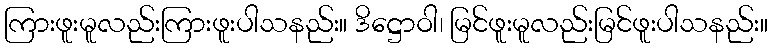
ကြားဖူးမူလည်းကြားဖူးပါသနည်း။ ဒိဋ္ဌောဝါ၊ မြင်ဖူးမူလည်းမြင်ဖူးပါသနည်း။